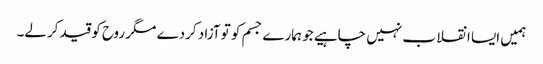
ہمیں ایسا انقلا ب نہیں چاہیے جو ہمارے جسم کو تو آزاد کردے مگر روح کو قید کرلے۔